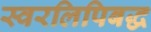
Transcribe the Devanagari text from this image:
स्वरलिपिबद्ध